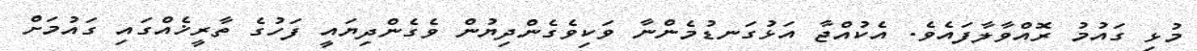
މުޅި ގައުމު ރޮއްވާލާފައެވެ. އެކުއްޖާ އަޅުގަނޑުމެންނާ ވަކިވެގެންދިޔުން ވެގެންދިޔައީ ފަހުގެ ތާރީޚެއްގައި ގައުމަށް